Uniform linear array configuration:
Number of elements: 4
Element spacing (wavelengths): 0.5
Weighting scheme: uniform
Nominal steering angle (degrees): -15
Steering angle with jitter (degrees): -16.529
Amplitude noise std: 0.05
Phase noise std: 0.05

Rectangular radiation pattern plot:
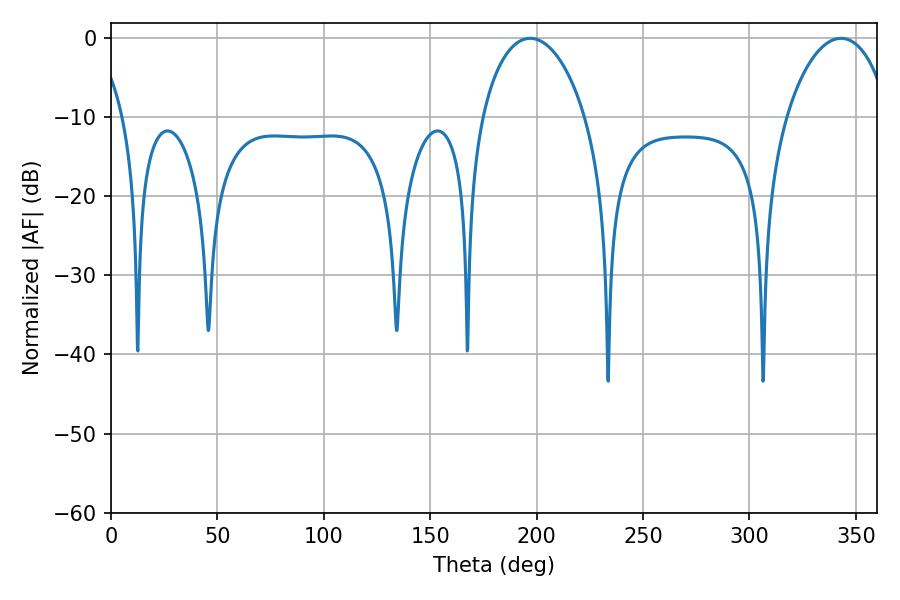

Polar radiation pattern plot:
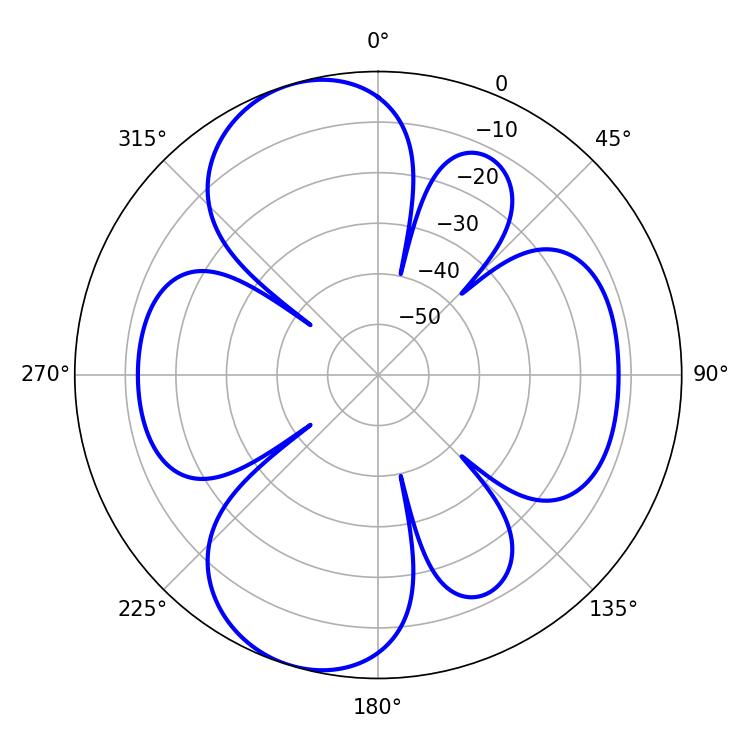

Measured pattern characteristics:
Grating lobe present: FALSE
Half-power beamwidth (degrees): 27.9
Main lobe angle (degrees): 196.92